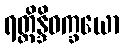
ရတ္တိန္ဒိဝက္ခယော